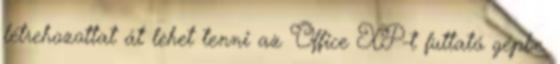
létrehozottat át lehet tenni az Office XP-t futtató gépbe.